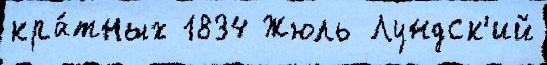
кра́тных 1834 Жюль Лундск'ий